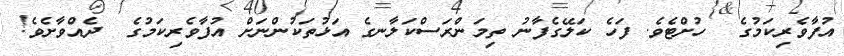
އުފާވެރިކަމުގެ  ހުށްޓެވެ. ފަހެ ކަލޭގެފާނު ތިމަންރަސްކަލާނގެ އަޅުތަކުންނަށް އުފާވެރިކަމުގެ  ދެއްވާށެވެ!